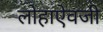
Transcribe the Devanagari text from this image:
लोहाऐवजी